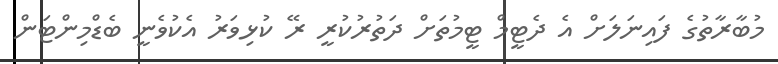
މުބާރާތުގެ ފައިނަލަަށް އެ ދެޓީމް ޓީމުތަށް ދަތުރުކުރީ ރޭ ކުޅިވަރު އެކުވެނީ ބެޑްމިންޓަން